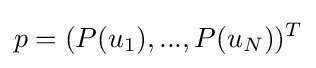
p=(P(u_{1}),...,P(u_{N}))^{T}